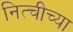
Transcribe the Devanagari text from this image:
नित्चीच्या